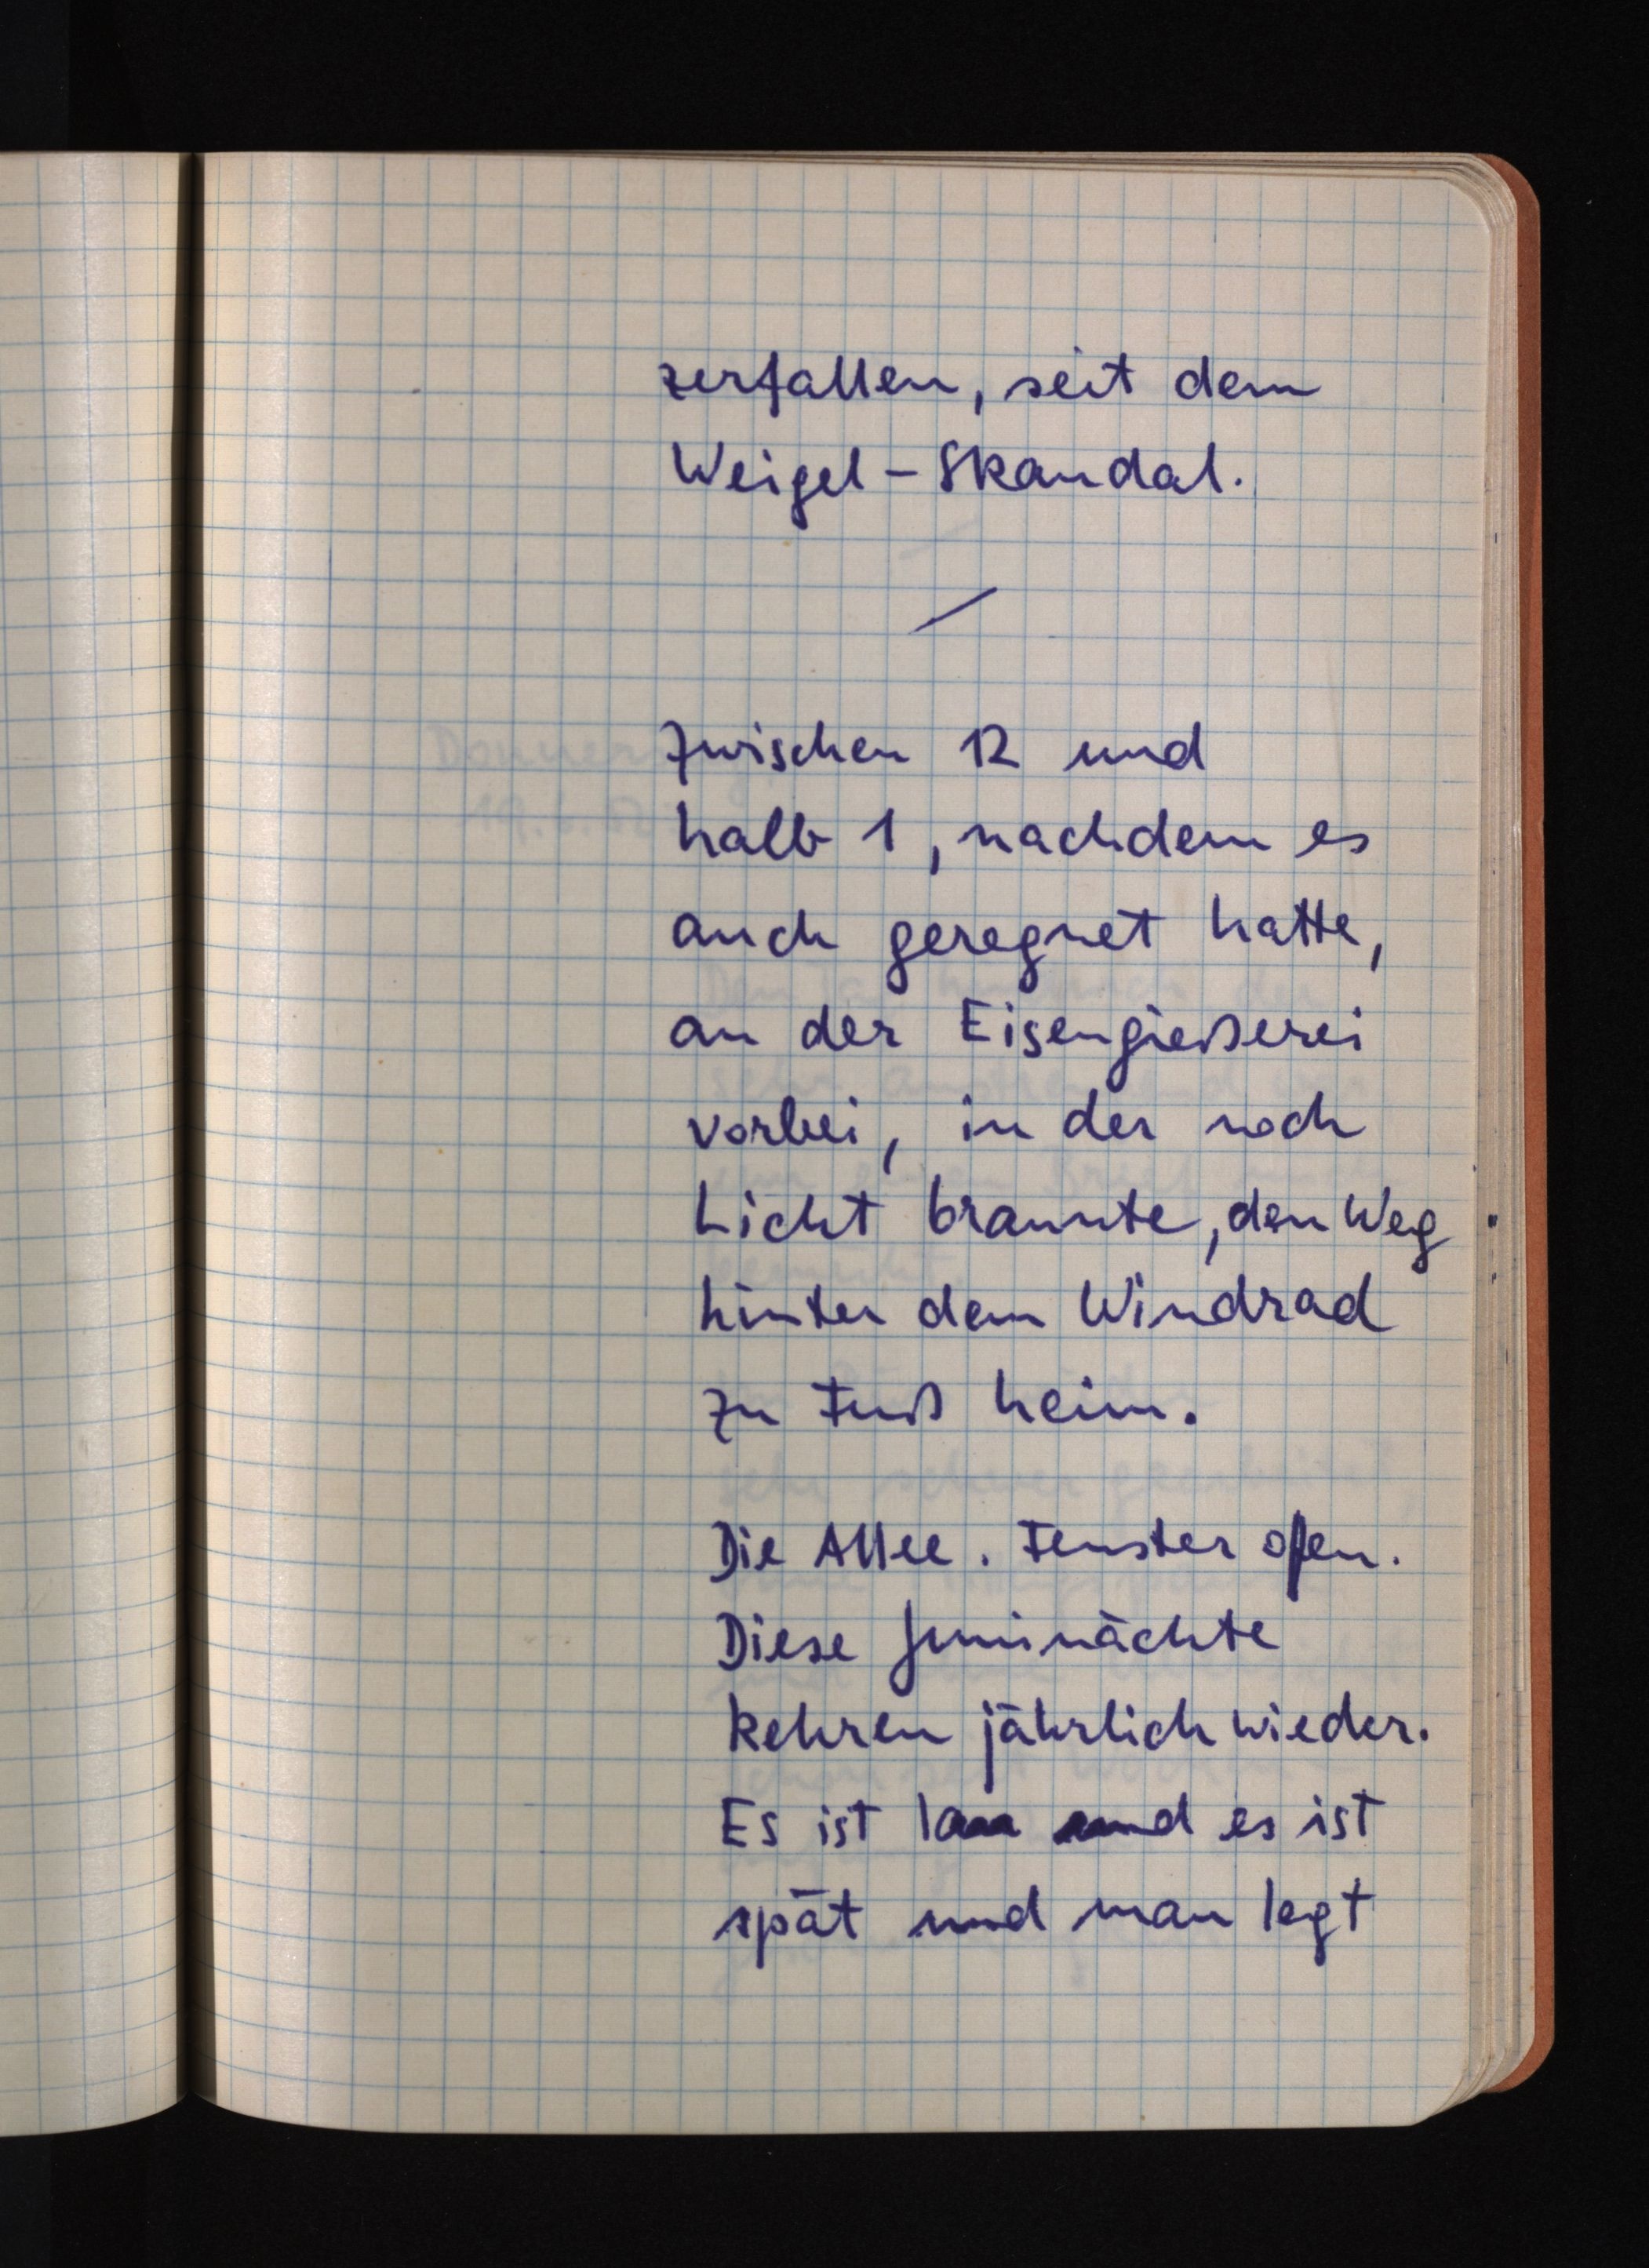
zerfallen, seit dem
Weigel-Skandal.
Zwischen 12 und
halb 1, nachdem es
auch geregnet hatte,
an der Eisengießerei
vorbei, in der noch
Licht brannte, den Weg
hinter dem Windrad
zu Fuß heim.
Die Allee. Fenster offen.
Diese Juninächte
kehren jährlich wieder.
Es ist lau und es ist
spät und man legt